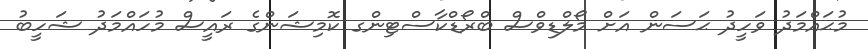
މުޙައްމަދު ވަހީދު ޙަސަން އަށް މޯލްޑިވްސް ބްރޯޑްކާސްޓިންގ ކޮމިޝަންގެ ރައީސް މުހައްމަދު ޝަހީބު